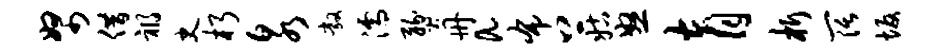
帑借祸史朽泉敞濡燹册a布上姑怒育析阔坂